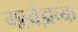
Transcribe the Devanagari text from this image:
गल्वेझच्या